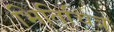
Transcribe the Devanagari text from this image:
भितिचित्र